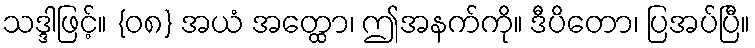
သဒ္ဒါဖြင့်။ {၀၈} အယံ အတ္ထော၊ ဤအနက်ကို။ ဒီပိတော၊ ပြအပ်ပြီ။